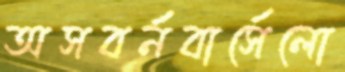
অসবর্নবার্সেলো